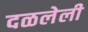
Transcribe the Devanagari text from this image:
दळलेली